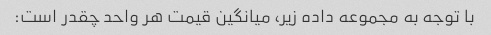
با توجه به مجموعه داده زیر، میانگین قیمت هر واحد چقدر است: